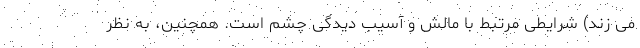
می زند) شرایطی مرتبط با مالش و آسیب دیدگی چشم است. همچنین، به نظر